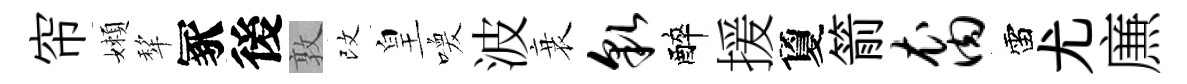
帘嬾犂冢後敦改皇喚波衰貌醉援夐箭裔雷尤㢘